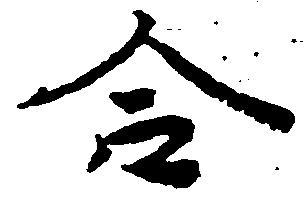
合